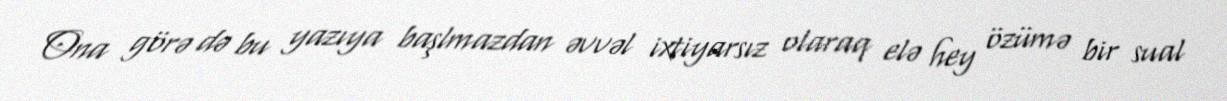
Ona görə də bu yazıya başlmazdan əvvəl ixtiyarsız olaraq elə hey özümə bir sual